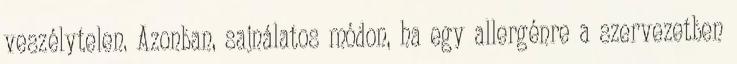
veszélytelen. Azonban, sajnálatos módon, ha egy allergénre a szervezetben